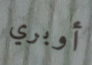
أوبري